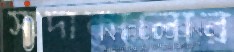
সাদাকালোর